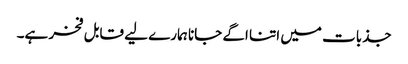
جذبات میں اتنا اگے جانا ہمارے لیے قابل فخر ہے۔